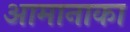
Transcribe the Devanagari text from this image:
आमानाका